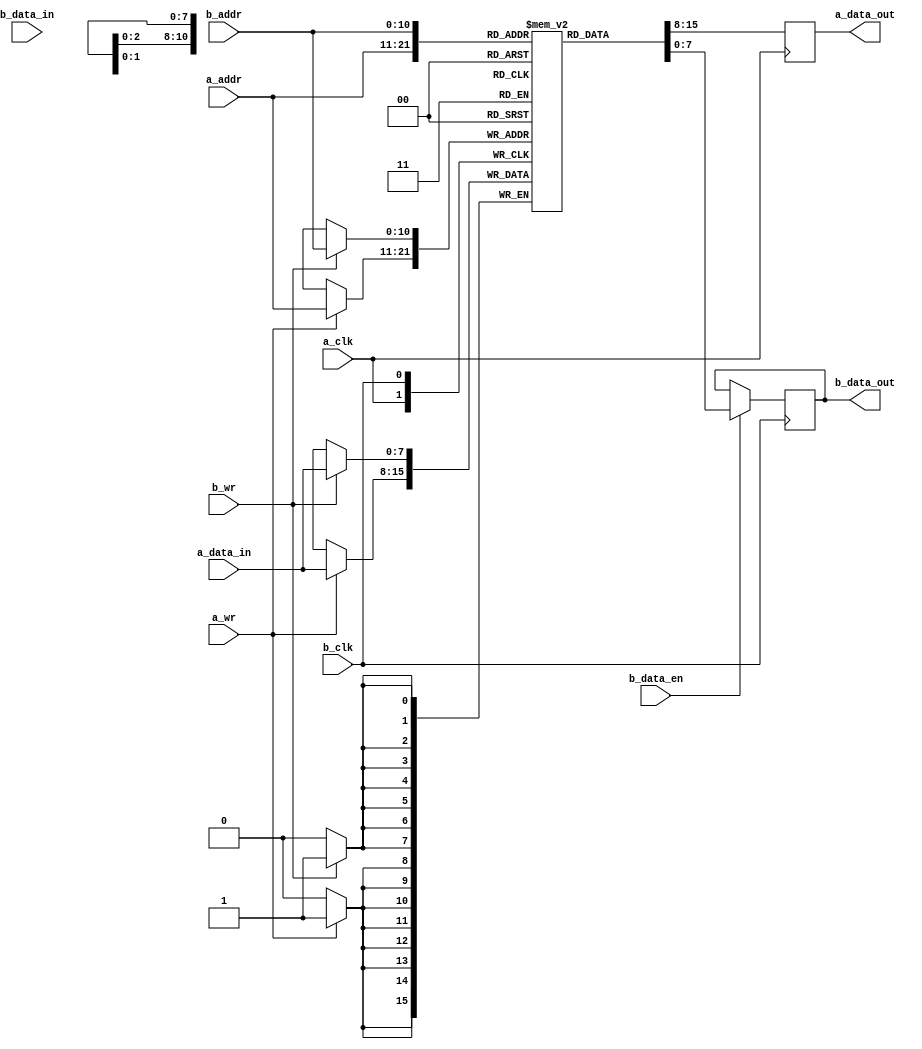

////////////////////////////////////////////////////////////////////////////////
// Company:     Riftek
// Design Name: demosaicing
////////////////////////////////////////////////////////////////////////////////

module BRAM_Memory_24x24
#(
	parameter								ADDR_BITS		= 11
)
(
	input									a_clk,
	input									a_wr,
	input		[ADDR_BITS-1 : 0]			a_addr,
	input		[8-1 : 0]					a_data_in,
	output reg	[8-1 : 0]					a_data_out,
	
	input									b_clk,
	input									b_wr,
	input		[ADDR_BITS-1 : 0]			b_addr,
	input		[8-1 : 0]					b_data_in,
	output reg	[8-1 : 0]					b_data_out,
	input									b_data_en
);

// ,    
(* ram_style = "bram" *)
reg			[8-1 : 0]						Memory[(2**ADDR_BITS)-1 : 0];

integer										Idx;

initial
begin
	for (Idx = 0; Idx < ((2**ADDR_BITS)-1); Idx=Idx+1)	Memory[Idx]		<= 0;
	b_data_out		<= 0;
end

always @(posedge a_clk)
begin
	a_data_out		<= Memory[a_addr];
	if (a_wr)	Memory[a_addr]	<= a_data_in;
end

always @(posedge b_clk)
begin
	b_data_out		<= (b_data_en) ? Memory[b_addr] : b_data_out;
	if (b_wr)	Memory[b_addr]	<= a_data_in;
end


endmodule